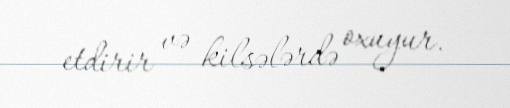
etdirir və kilsələrdə oxuyur.